Insane asylums in Bengal annual reports 1876-1887 - 1876-1887
Year: 1876
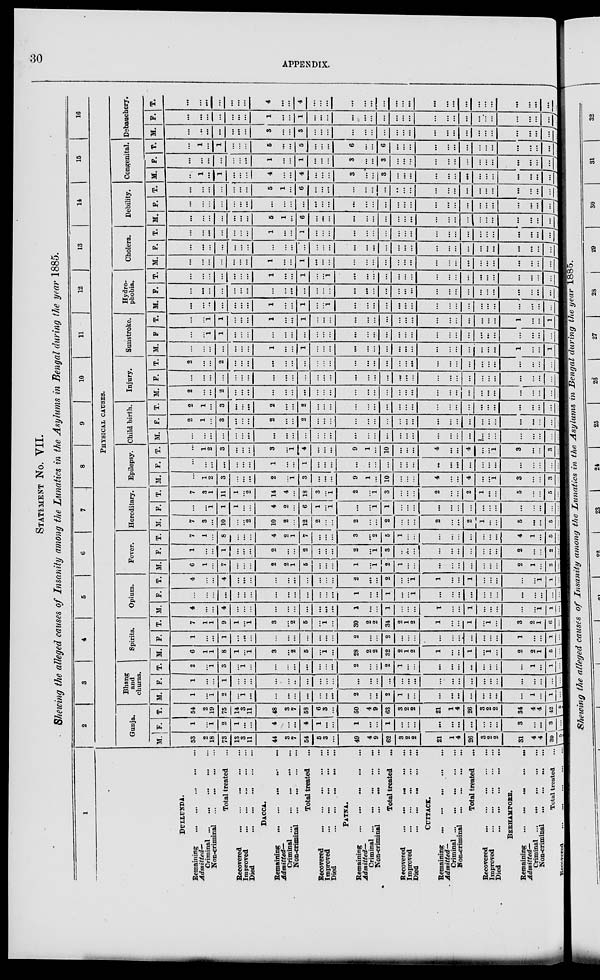
30
APPENDIX.
STATEMENT No. VII.
Showing the alleged causes of Insanity among the Lunatics in the Asylums in Bengal during the year 1885.
1
DULLUNDA.
Remaining
...
...
...
...
...
Admitted—
Criminal ... ... ... ... ...
Non-criminal ... ... ... ...
Total treated ...
Recovered
...
...
...
...
...
Improved
...
...
...
...
...
Died
...
...
...
...
...
DACCA.
Remaining ... ... ... ... ...
Admitted—
Criminal
...
...
...
...
...
Non-criminal
...
...
...
...
Total treated ...
Recovered
...
...
...
...
...
Improved
...
...
...
...
...
Died
...
...
...
...
....
PATNA.
Remaining
...
...
...
...
...
Admitted–
Criminal ... ... ... ... ...
Non-criminal
...
...
...
...
Total treated
...
Recovered
...
...
...
...
...
Improved
...
...
...
...
...
Died
...
...
...
...
...
CUTTACK.
Remaining
...
...
...
...
...
Admitted—
Criminal
...
...
...
...
...
Non-criminal
...
...
...
...
Total treated ...
Recovered
...
...
...
...
...
Improved
...
...
...
...
...
Died
...
...
...
...
...
BERHAMPORE.
Remaining ... ... ... ... ...
Admitted—
Criminal ... ... ... ... ...
Non-criminal ... ... ... ... ...
Total treated ...
Recovered ... ... ... ... ...
2
3
4
5
6
7
8
9
10
11
12
13
14
15 16
PHYSICAL
CAUSES.
Gunja.
M.
53
2
18
73
13
3
11
44
3
7
54
5
3
...
49
4
9
62
3
2
2
21
1
4
26
3
2
2
31
4
4
39
5
F.
1
...
1
2
1
...
...
4
...
...
4
1
...
...
1
...
...
1
...
...
...
...
...
...
...
...
...
...
3
...
...
3
...
T.
54
2
19
75
14
3
11
48
3
7
58
6
3
...
50
4
9
63
3
2
2
21
1
4
26
3
2
2
34
4
4
42
5
Bhang
and
churas.
M.
1
...
1
2
...
1
...
...
...
...
...
...
...
...
2
...
...
2
1
...
...
...
...
...
...
...
...
...
...
1
...
1
...
F.
1
...
...
1
...
...
...
...
...
...
...
...
...
...
...
...
...
...
...
...
...
...
...
...
...
...
...
...
...
...
...
...
...
T.
2
...
1
3
...
1
...
...
...
...
...
...
...
...
2
...
...
2
1
...
...
...
...
...
...
...
...
...
...
1
...
1
...
Spirits.
M.
6
1
1
8
1
...
1
3
...
2
5
1
...
28
2
2
32
2
1
2
1
...
...
1
...
1
...
2
2
1
5
...
F.
1
. ..
...
1
...
...
...
...
...
...
...
...
...
...
2
...
...
2
...
...
...
...
...
...
...
...
...
...
1
...
...
1
...
T.
7
1
1
9
1
...
1
3
...
2
5
...
1
...
30
2
2
34
2
1
2
1
...
...
1
...
1
...
3
2
1
6
...
Opium.
M.
4
...
...
4
...
...
...
...
...
...
...
...
...
...
1
...
...
1
...
...
...
1
...
...
1
...
...
...
...
...
1
1
...
F.
...
...
...
...
...
...
...
...
...
...
...
...
...
...
1
...
...
1
...
...
1
...
...
...
...
...
...
...
...
...
...
...
...
T.
4
...
...
4
...
...
...
...
...
...
...
...
...
...
2
...
...
2
...
...
1
1
...
...
1
...
...
...
...
...
1
1
...
Fever.
M.
6
1
...
7
...
...
...
2
2
1
5
...
...
...
1
...
1
2
1
...
...
...
...
...
...
...
...
...
2
1
...
3
...
F.
1
...
...
1
...
...
...
2
...
...
2
...
...
...
2
...
1
3
...
...
...
...
...
...
...
...
...
...
2
...
...
2
...
T.
7
1
...
8
...
...
...
4
2
1
7
...
...
...
3
...
2
5
1
...
...
...
...
...
...
...
...
4
1
...
5
...
Hereditary.
M.
7
3
...
10
...
...
2
10
2
...
12
2
...
...
2
...
...
2
...
...
...
2
...
...
2
1
...
...
5
...
...
5
...
F.
...
...
1
1
1
...
...
4
2
...
6
1
...
1
...
...
1
1
...
...
...
...
...
...
...
...
...
...
...
...
...
...
...
T.
7
3
1
11
1
...
2
14
4
...
18
3
...
1
2
...
1
3
...
...
...
2
...
...
2
1
...
...
5
...
...
5
...
Epilepsy.
M.
...
1
2
3
...
...
...
2
...
1
3
...
...
...
9
1
...
10
...
...
...
4
...
...
4
...
...
1
3
...
...
3
...
F.
...
...
...
...
...
...
...
1
...
...
1
...
...
...
...
...
...
...
...
...
...
...
...
...
...
...
...
...
...
...
...
...
...
T.
...
1
2
3
...
...
...
3
...
1
4
...
...
...
9
1
...
10
...
...
...
4
...
...
4
...
...
1
3
...
...
3
...
Child birth.
M.
...
...
...
...
...
. ..
...
...
...
...
...
...
...
...
...
...
...
...
...
...
...
...
...
...
...
...
...
...
...
...
...
...
...
F.
2
1
...
3
...
...
...
2
...
. ..
2
...
...
...
...
...
...
...
...
...
...
...
...
...
...
...
...
...
...
...
...
...
...
T.
2
1
...
3
...
...
...
2
...
...
2
...
...
...
...
...
...
...
...
...
...
...
...
...
...
...
...
...
...
...
...
...
...
Injury.
M.
2
...
...
2
...
...
...
...
...
...
...
...
...
...
...
...
...
...
...
...
...
...
...
...
...
...
...
...
...
...
...
...
...
F.
...
...
...
...
...
...
...
...
...
...
...
...
...
...
...
...
...
...
...
...
...
...
...
...
...
...
...
...
...
...
. ..
...
...
T.
2
...
...
2
. ..
. ..
...
...
...
...
...
...
...
...
...
...
...
...
...
...
...
...
...
...
...
...
...
...
...
...
...
...
...
Sunstroke.
M.
...
...
...
...
...
...
...
1
...
...
1
...
...
...
...
...
...
...
...
...
...
...
...
...
...
...
...
...
1
...
...
1 ...
F.
...
...
1
1
...
. ..
...
...
...
...
...
...
...
...
...
...
...
...
...
...
...
...
...
...
. ..
...
...
...
...
...
. ..
...
...
T.
...
...
1
1
...
...
...
1
...
...
1
...
...
...
...
...
...
...
...
...
...
...
...
...
...
...
...
...
1
...
...
1
...
Hydro-
phobia.
M.
...
...
...
...
...
...
...
1
...
...
1
...
...
1
...
...
...
...
...
...
...
...
...
...
...
...
...
...
...
...
...
...
...
F.
...
...
...
...
...
...
...
...
...
...
...
...
...
...
...
...
...
...
...
...
...
...
...
...
...
...
...
...
...
...
...
...
...
T.
...
...
...
...
...
...
...
1
...
...
1
...
...
1
...
...
...
...
...
...
...
...
...
...
...
...
. ..
...
...
...
...
...
...
Cholera.
M.
...
...
...
...
...
...
...
1
...
...
1
...
...
...
...
...
...
...
...
...
...
...
...
...
...
...
...
...
...
...
...
...
...
F.
...
...
...
...
...
...
...
...
...
...
...
...
...
...
...
...
...
...
...
...
...
...
...
...
...
...
...
...
...
...
...
...
...
T.
...
. ..
...
...
...
...
...
1
...
...
1
...
...
...
...
...
. ..
...
...
...
. ..
...
...
...
...
...
...
...
...
...
...
...
...
Debility.
M.
...
...
...
...
...
...
...
5
1
...
6
...
...
...
...
...
...
...
...
...
...
...
...
...
...
...
...
...
...
...
...
...
...
F.
...
...
...
...
...
...
...
...
...
...
...
...
...
...
...
...
...
...
...
...
...
...
...
...
...
...
...
...
...
...
...
...
...
T.
...
...
...
...
...
...
...
5
1
...
6
...
...
...
...
...
...
...
...
...
...
...
...
...
...
...
...
...
...
...
...
...
...
Congenital.
M.
...
1
...
1
...
...
...
4
...
...
4
...
...
...
3
...
...
3
...
...
...
...
...
...
...
...
...
...
...
...
...
...
...
F.
...
...
...
...
...
...
. ..
1
. ..
. ..
1
...
...
...
3
...
...
3
...
...
...
...
...
...
...
...
...
...
...
...
...
...
...
T.
...
1
...
1
...
...
...
5
...
...
5
...
...
...
6
...
...
6
...
...
...
...
...
...
...
...
...
...
...
...
...
...
...
Debauchery.
M.
...
...
...
...
...
...
...
3
...
...
3
...
...
...
...
...
...
...
...
...
...
...
...
...
...
...
...
...
...
...
...
...
...
F.
...
...
...
...
...
...
...
1
...
...
1
...
...
...
...
...
...
...
...
...
...
...
...
...
...
...
....
...
...
...
...
...
...
T.
...
...
...
...
...
...
...
4
...
...
4
...
...
...
...
...
...
...
...
...
...
...
...
...
...
...
...
...
...
...
...
...
...